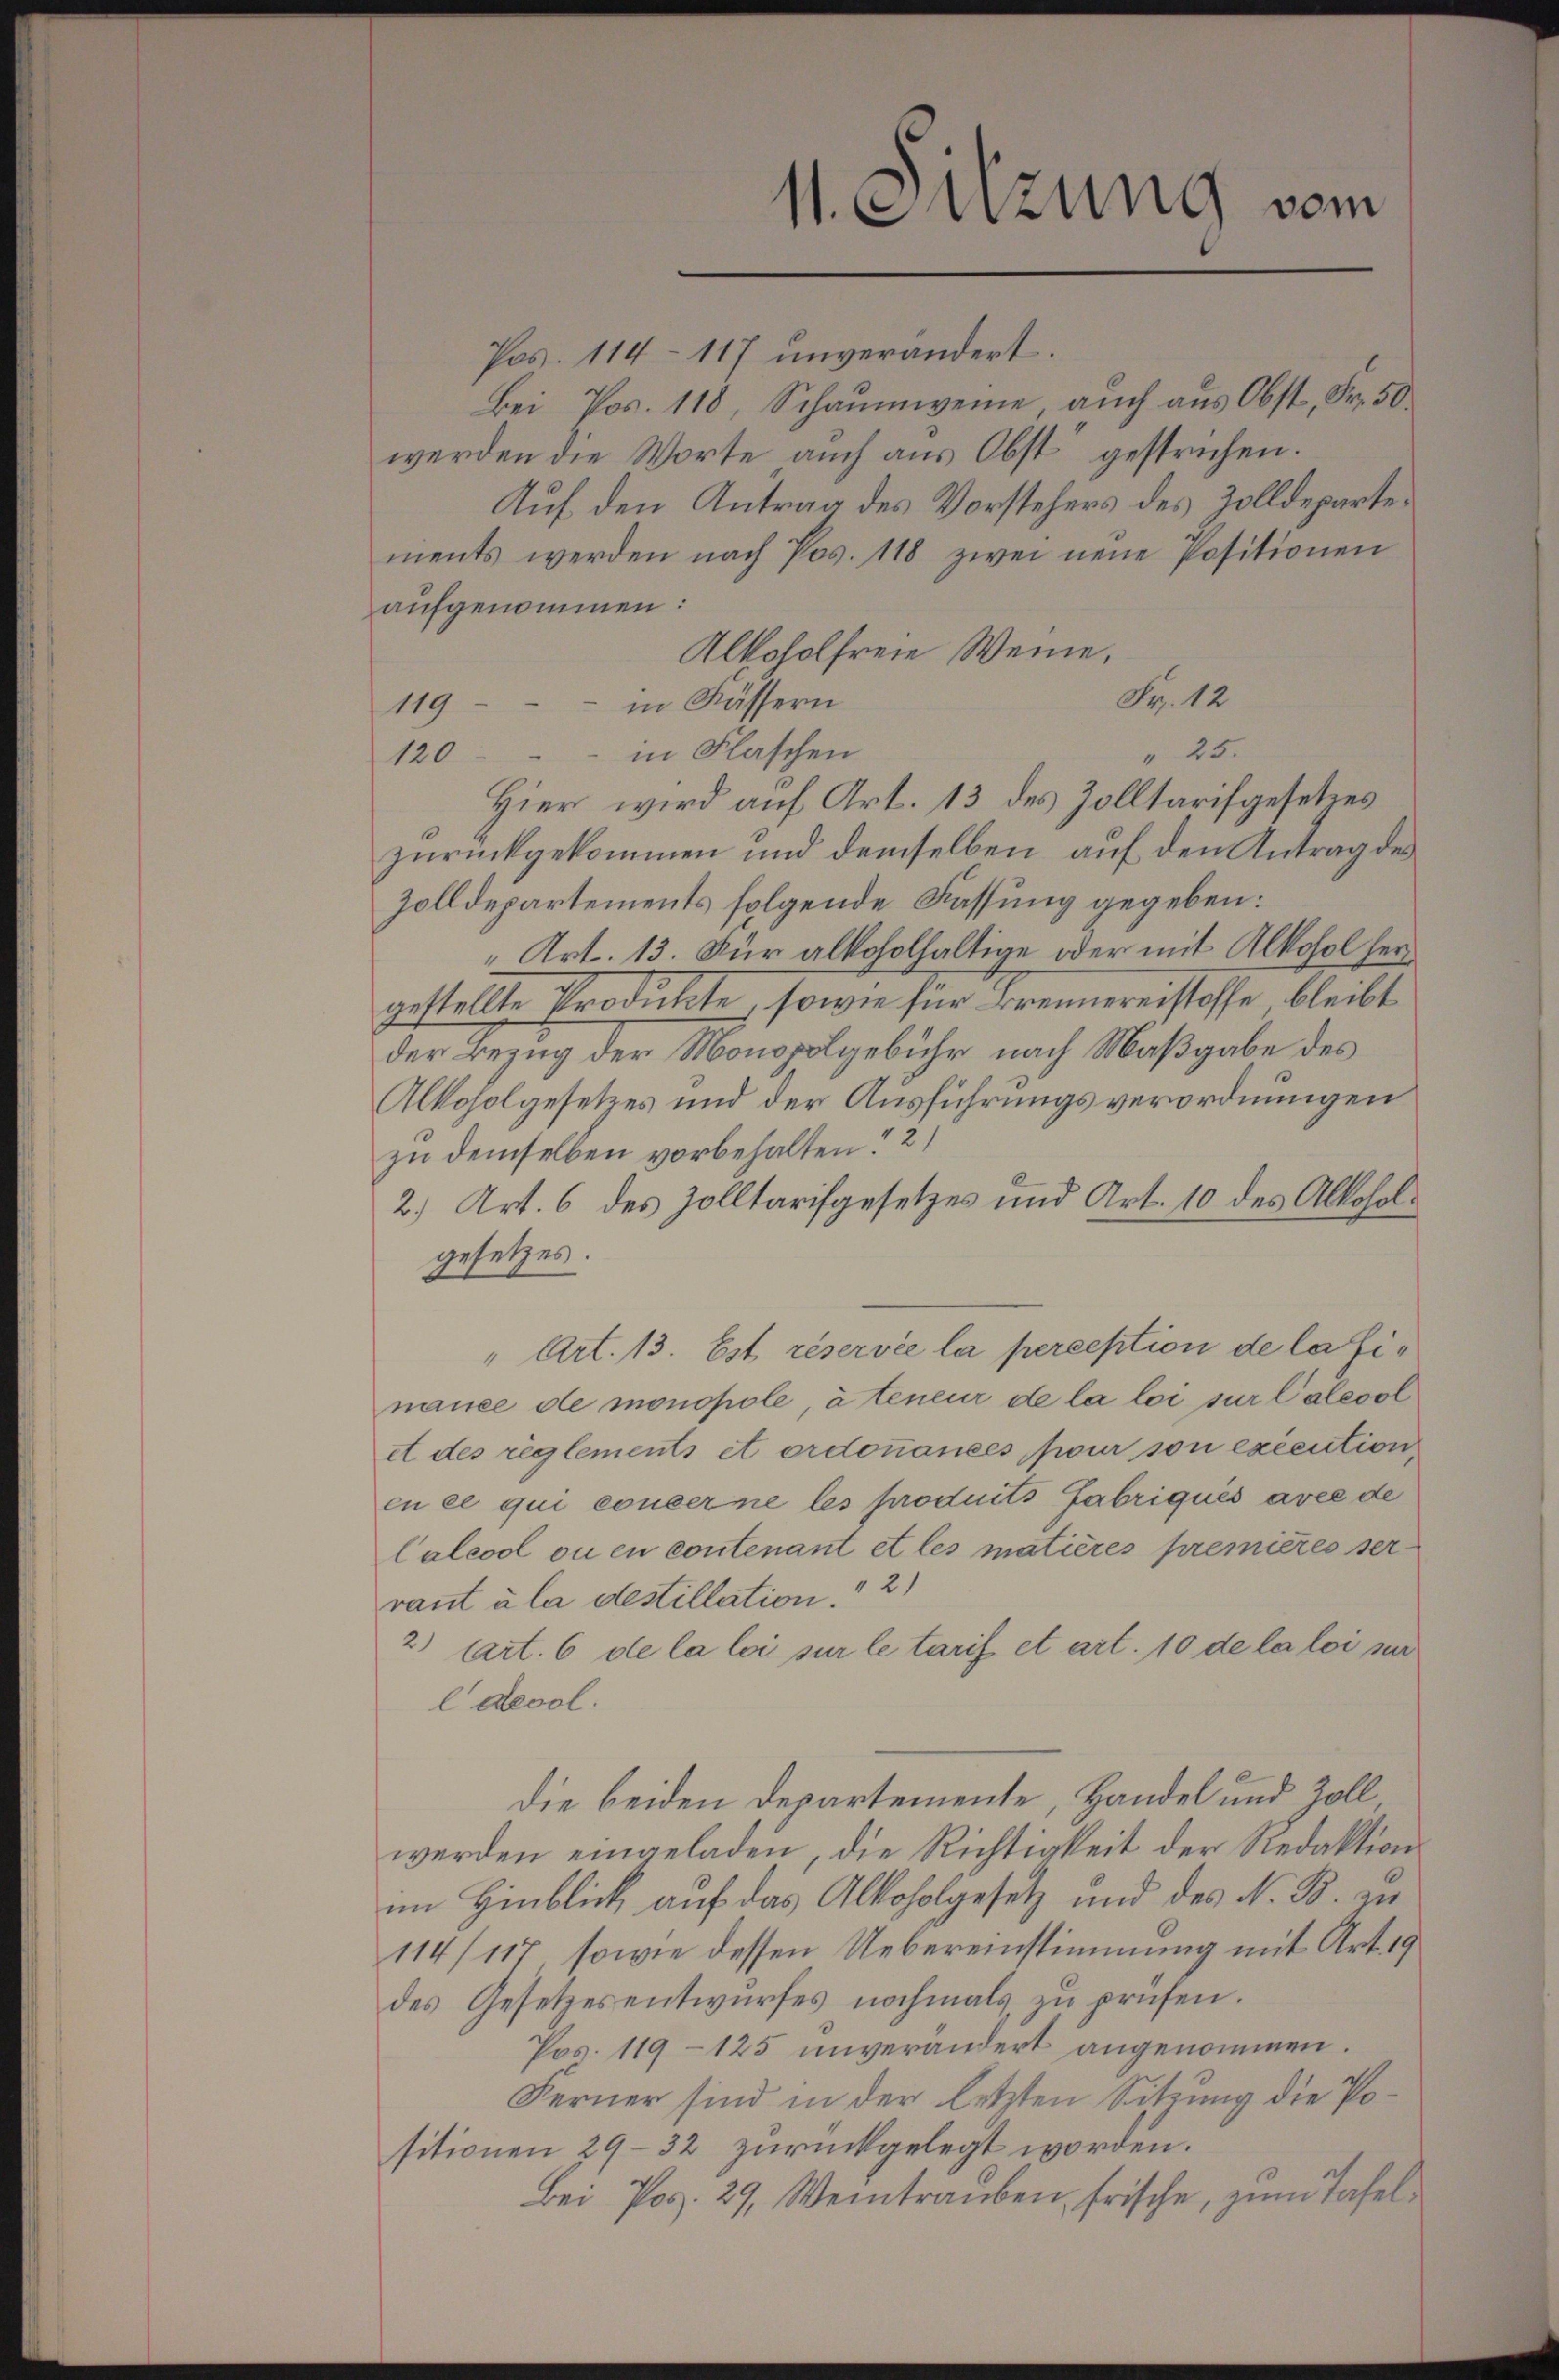
Pos. 114 - 117 unverändert.
Bei Pos. 118, Schaumwene auch aus Obst, Fr. 50.
werden die Worte auch aus Obst gestrichen.
Auf den Antrag des Vorstehers des Zolldepartements werden nach Pos. 118 zwei neue Positionen
aufgenommen:
Alkoholfreie Weine.
Fr. 12
in Fässern
119
120 in Flaschen
Hier wird auf Art. 13 des Zolltarifgesetzes
zurückgekommen und demselben auf den Antrag des
Zolldepartements folgende Kassung gegeben:
Art. 13. Für alkoholhaltige oder mit Alkohol hergestellte Produkte, sowie für Brennererstoffe bleibt
der Bezug der Monopolgebühr nach Maßgabe des
Alkoholgesetzes und der Ausführungsverordnungen
zu demselben vorbehalten. 2)
2.) Art. 6 des Zolltarifgesetzes und Art. 10 des Alkoholgesetzes.
" Art. 13. Est réservée la perception de la finauce de monopole à teneur de la loi sur Calesol
et des règlements et ordonnances pour son excention
en ce qui concerne les produits Fabriqués avec de
Caleool ou en contenant et les matières premières ser
vant à la destillation.“ 2)
2) (art. 6 de la loi sur le tarif et art. 10 de la loi sur
l devol.
die beiden Departemente, Handel und Zoll
werden eingeladen, die Richtigkeit der Redaktion
im Hinblick auf das Alkoholgesetz und des N. B. zu
114/117, sowie dessen Uebereinstimmung mit Art. 19
des Gesetzesentwurfes nochmals zu prüfen.
Pos. 119 - 125 unverändert angenommen.
Ferner sind in der letzten Sitzung die Positionen 29-32 zurückgelegt worden.
Bei Pos. 29, Weintrauben, frische, zum Tafel¬

s. Sizung vom

" 25.